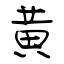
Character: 黃